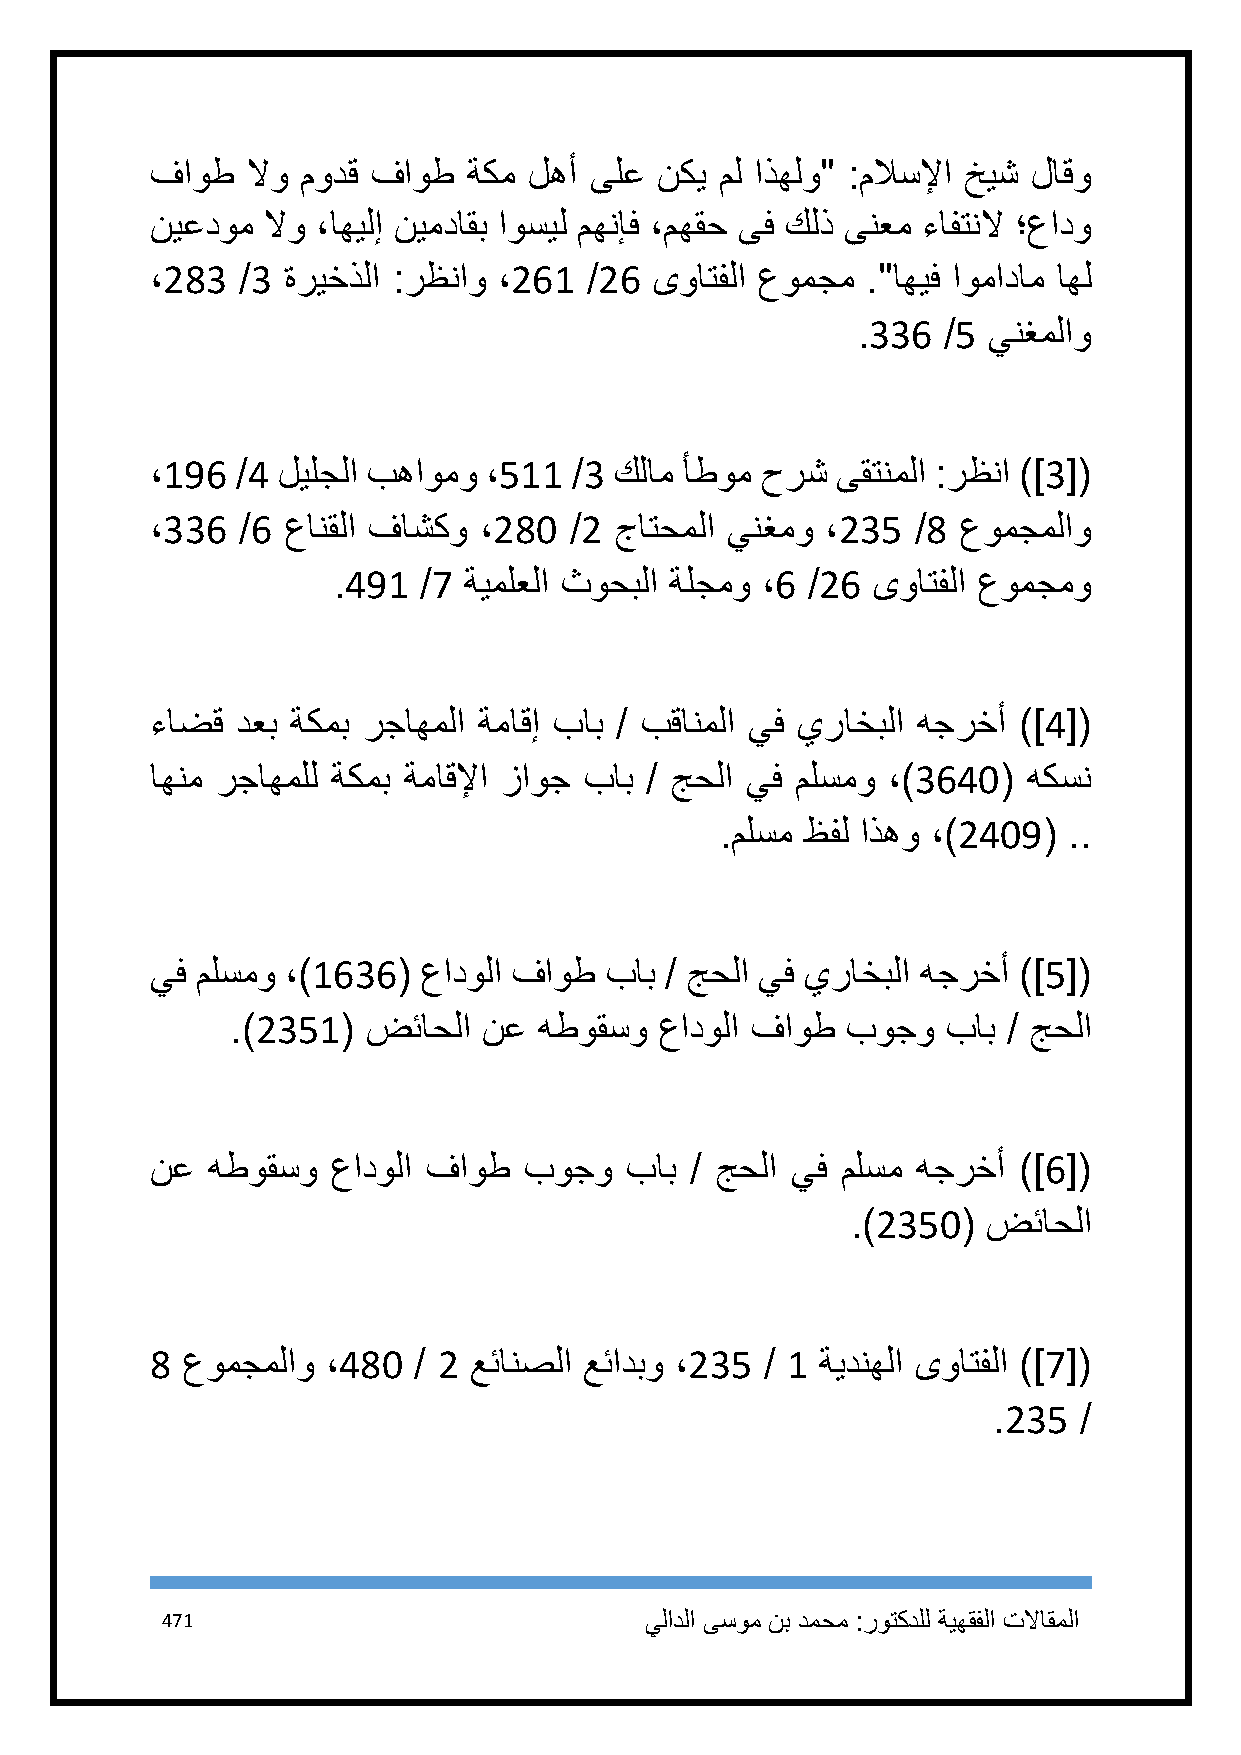
فاوط  لاو مودق فاوط  ةكم لهأ ىلع نكي  مل اذهلو" :ملاسلإا خيش لاقو
 نيعدوم لاو ،اهيلإ نيمداقب اوسيل مهنإف ،مهقح ىف كلذ ىنعم ءافتنلا ؛عادو
 ،283  /3 ةريخذلا :رظناو ،261 /26 ىواتفلا عومجم ."اهيف اومادام اهل
 .336 /5 ينغملاو
 ،196  /4 ليلجلا بهاومو ،511 /3 كلام أطوم حرش ىقتنملا :رظنا )]3[(
 ،336  /6 عانقلا فاشكو ،281  /2 جاتحملا ينغمو ،235  /8 عومجملاو
 .491  /7 ةيملعلا ثوحبلا ةلجمو ،6 /26 ىواتفلا عومجمو
 ءاضق  دعب ةكمب رجاهملا ةماقإ باب / بقانملا يف يراخبلا هجرخأ )]4[(
 اهنم رجاهملل ةكمب ةماقلإا زاوج باب / جحلا يف ملسمو ،)3641( هكسن
 .ملسم ظفل اذهو ،)2419( ..
 يف ملسمو ،)1636(  عادولا فاوط باب / جحلا يف يراخبلا هجرخأ )]5[(
 .)2351(  ضئاحلا  نع  هطوقسو  عادولا فاوط بوجو   باب / جحلا
 نع  هطوقسو  عادولا فاوط  بوجو  باب  / جحلا يف ملسم هجرخأ )]6[(
 .)2351(  ضئاحلا
 8 عومجملاو  ،481 / 2 عئانصلا عئادبو ،235 / 1 ةيدنهلا ىواتفلا )]7[(
 .235 /
 471                             يلادلا ىسوم نب دمحم :روتكدلل ةيهقفلا تلااقملا